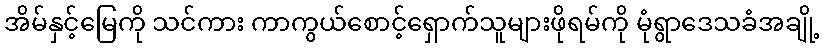
အိမ်နှင့်မြေကို သင်ကား ကာကွယ်စောင့်ရှောက်သူများဖိုရမ်ကို မုံရွာဒေသခံအချို့